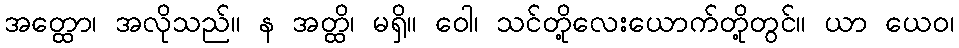
အတ္ထော၊ အလိုသည်။ န အတ္ထိ၊ မရှိ။ ဝေါ၊ သင်တို့လေးယောက်တို့တွင်။ ယာ ယေဝ၊